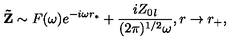
{ \bf \tilde { Z } } \sim F ( \omega ) e ^ { - i \omega r _ { * } } + \frac { i { Z _ { 0 } } _ { l } } { ( 2 \pi ) ^ { 1 / 2 } \omega } , r \rightarrow r _ { + } ,